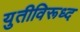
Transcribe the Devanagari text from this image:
युतीविरूध्द